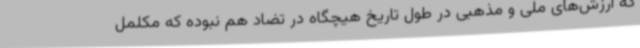
که ارزش‌های ملی و مذهبی در طول تاریخ هیچگاه در تضاد هم نبوده که مکلمل